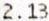
2.13